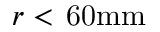
r < \, \mathrm { 6 0 m m }